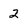
Character: 2